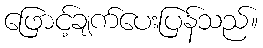
ဖြောင့်ချက်ပေးပြန်သည်။